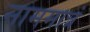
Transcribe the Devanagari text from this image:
नाममात्रं